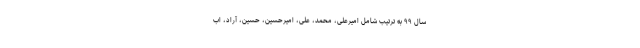
سال ۹۹ به ترتیب شامل امیرعلی، محمد، علی، امیرحسین، حسین، آراد، اب